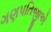
ગણપતિજીએ